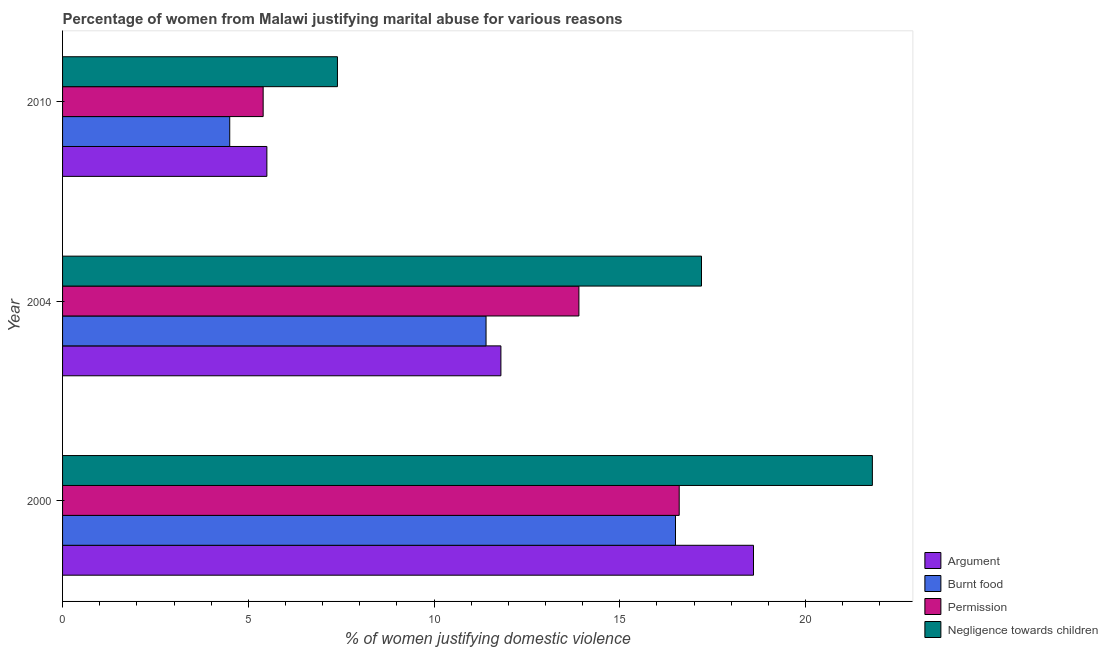
| Year | Argument | Burnt food | Permission | Negligence towards children |
 | --- | --- | --- | --- | --- |
 | 2000 | 18.6 | 16.5 | 16.6 | 21.8 |
 | 2004 | 11.8 | 11.4 | 13.9 | 17.2 |
 | 2010 | 5.5 | 4.5 | 5.4 | 7.4 |